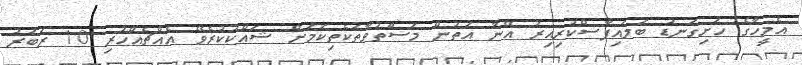
އެމީހާގެ ހަށިގަނޑު ބަލައިފާސްކުރިއިރު އޭނާ އަތުން މަސްތުވާތަކެތިކަމަށް ޝައްކުކުރެވޭ އެއްޗެއްހުރި 10 ރަބަރު